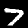
Label: 7